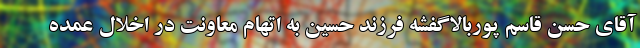
آقای حسن قاسم پوربالاگفشه فرزند حسین به اتهام معاونت در اخلال عمده